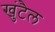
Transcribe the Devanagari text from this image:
खुंटैल